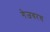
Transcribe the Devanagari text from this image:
गेजवरच